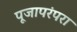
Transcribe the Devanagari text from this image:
पूजापरंपरा